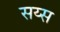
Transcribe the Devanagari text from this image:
सय्स